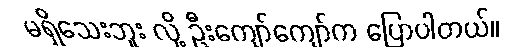
မရှိသေးဘူး လို့ ဦးကျော်ကျော်က ပြောပါတယ်။